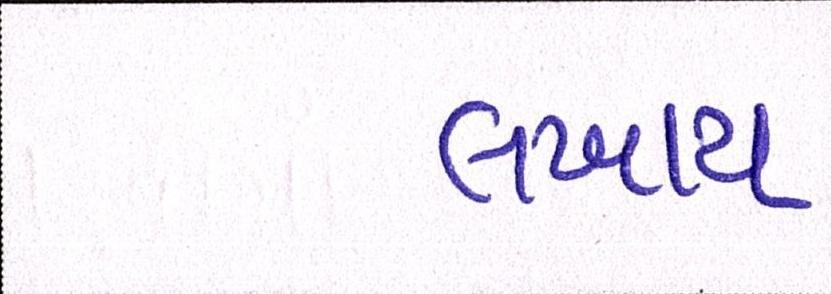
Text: લખાય